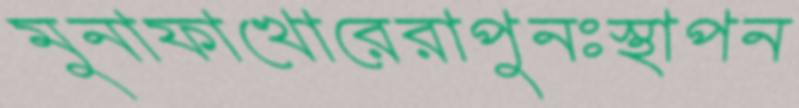
মুনাফাখোরেরাপুনঃস্থাপন